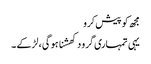
مجھ کو پیش کرو
یہی تمہاری گرو دکھشنا ہو گی ، لڑکے ۔